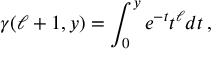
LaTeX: \gamma ( \ell + 1 , y ) = \int _ { 0 } ^ { y } e ^ { - t } t ^ { \ell } d t \, ,